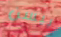
بيسن